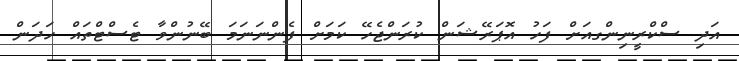
އަދި ސްކްރީނިންގއަށް ފަހު އޮޕަރޭޝަން ކުރަންޖެހޭ ކަމަށް ފެންނަނަމަ ބޭނުންވާ ޓެސްޓްތައް ހަދަން